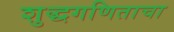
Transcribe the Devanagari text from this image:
शुद्धगणिताचा